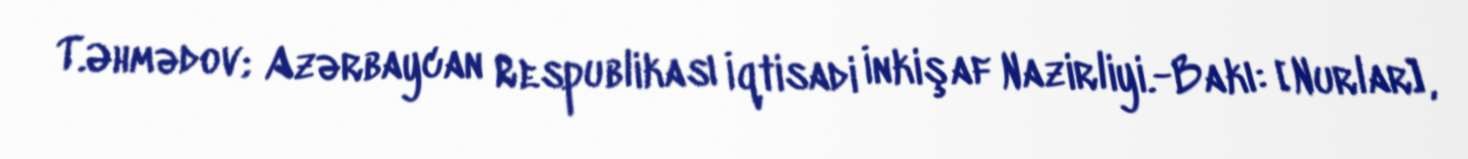
T.Əhmədov; Azərbaycan Respublikası İqtisadi İnkişaf Nazirliyi.-Bakı: [Nurlar],